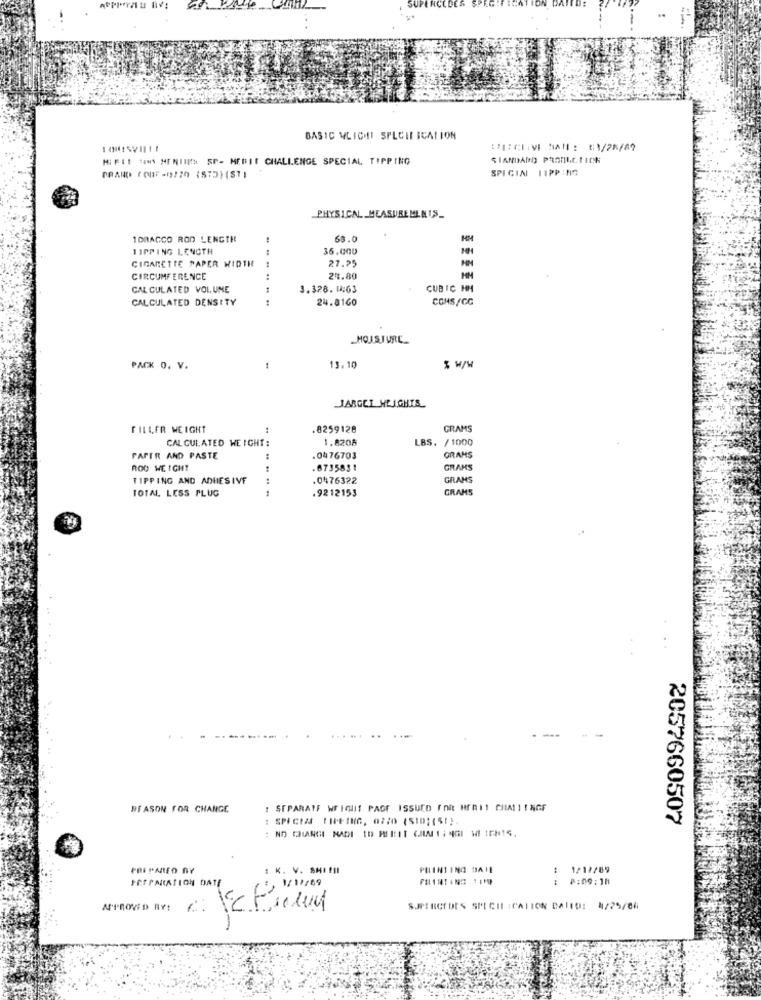
BASIC WLICHT SPECIFICATION
MI FII SIN MINIIKH SP- MERIE CHALLENGE SPECIAL TIPPING
SPICINI 11PP:17
PHYSICAL MEASURE MINUS_
100ACCO ROD LENGTH
68.0
TIPPING LENGTH
36.000
CIGARETTE PAPER WIDTH
27.25
CIRCUMFERENCE
24.80
HM
CALCULATED VOLUME
3.328. 1:63
CUBIC HM
CALCULATED DENSITY
24.8160
CONS/CC
HOJSJURE
PACK O. V.
1
13.10
% w/W
JARGET HEIGHTS
FILLER WEIGHT
:
.8259128
GRAMS
CALCULATED WEIGHT:
1.8208
LBS. / 1000
PAPER AND PASTE
.0476703
GRAMS
ROD WEIGHT
.6735831
GRAMS
TIPPING AND ADHESIVE
.0476322
GRAMS
TOTAL, LESS PLUG
.9212153
GRANS
--
REASON FOR CHANGE
: SEPARATE WFIOUT PAGE ISSUED FOR HERIS CHIA !!! NGF
2057660507
PRI PARED NY
: K. V. SHE !!
PRINTING BAIE
1/11/89
8:00: 16
APPROVED BY!
SJMERCEDES SPECIE :CALION DAIID: 4/25/86